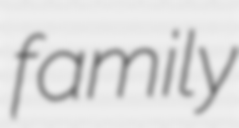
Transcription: family